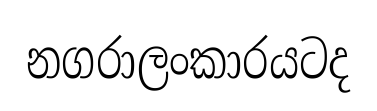
නගරාලංකාරයටද